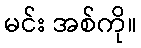
မင်း အစ်ကို။